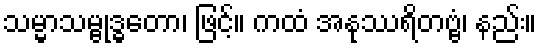
သမ္မာသမ္ဗုဒ္ဓတော၊ ဖြင့်။ ကထံ အနုဿရိတဗ္ဗံ၊ နည်း။